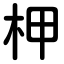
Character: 柙